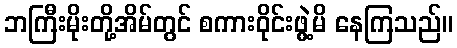
ဘကြီးမိုးတို့အိမ်တွင် စကားဝိုင်းဖွဲ့မိ နေကြသည်။